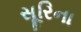
સૂરિના